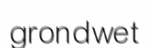
grondwet